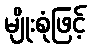
မျိုးစုံဖြင့်